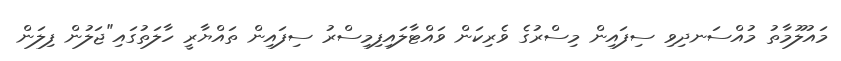
މައުލޫމާތު މުއްސަނދިވި ސިފައިން މިސްރުގެ ވެރިކަން ވައްޓާލައިފިމިސްރު ސިފައިން ތައްޔާރީ ހާލަތުގައި"ޖަލުން ފިލަން